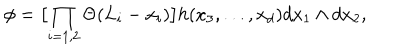
LaTeX: \phi = \bigl [ \prod _ { i = 1 , 2 } \Theta ( L _ { i } - x _ { i } ) \bigr ] h ( x _ { 3 } , . . . , x _ { d } ) d x _ { 1 } \wedge d x _ { 2 } ,